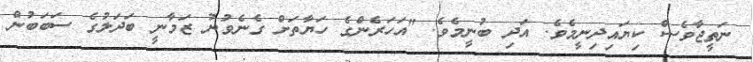
ނަތީޖާވެސް ކިޔައިދިނީމެވެ. އަދި ބުނީމެވެ. "އަހަރެންގެ ހަޔާތަށް ގެނެވުނު ޒަމާނީ ބަދަލުގެ ސަބަބުން